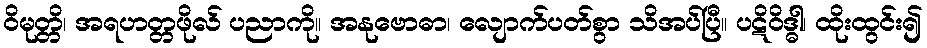
ဝိမုတ္တိ၊ အရဟတ္တဖိုလ် ပညာကို။ အနုဗောဓာ၊ လျောက်ပတ်စွာ သိအပ်ပြီ။ ပဋိဝိဒ္ဓါ၊ ထိုးထွင်း၍